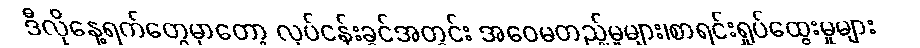
ဒီလိုနေ့ရက်တွေမှာတော့ လုပ်ငန်းခွင်အတွင်း အဝေမတည့်မှုများ၊စာရင်းရှုပ်ထွေးမှုများ